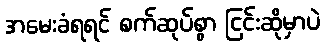
အမေးခံရရင် စက်ဆုပ်စွာ ငြင်းဆိုမှာပဲ